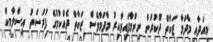
މިއަދާއި މާދަމާ ޒަކާތް ދޫކުރަން ނިންމާފައިވާއިރު މާދަމާވެސް ޒަކާތް ދެއްކުމުގެ ފުރުސަތު އިސްލާމިކް